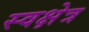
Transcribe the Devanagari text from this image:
स्वक्षेत्र